Leaving Certificate Examination, 1902
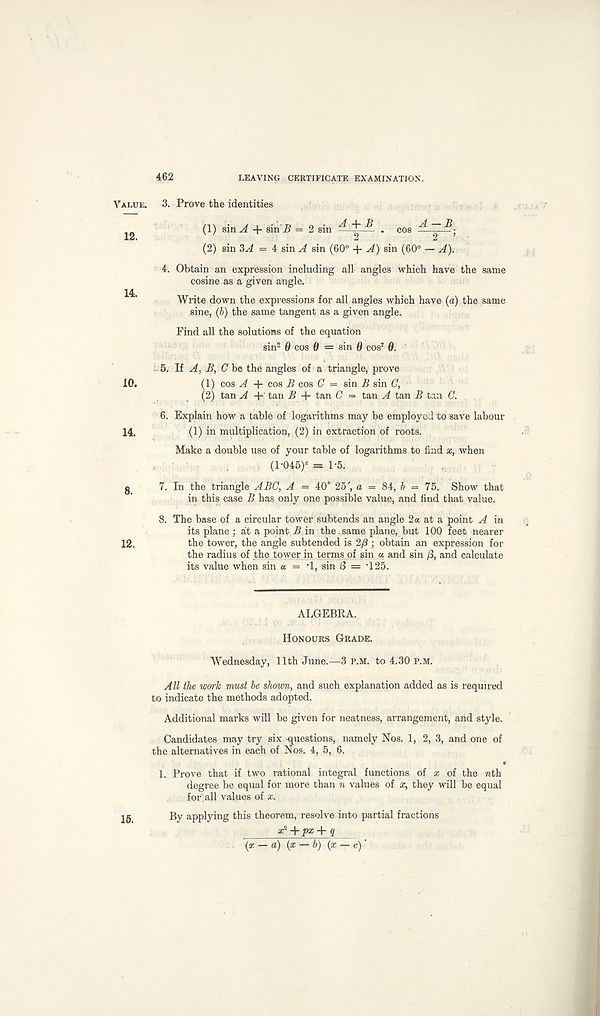
462
LEAVING CERTIFICATE EXAMINATION.
Value.
12.
14.
10.
14.
8.
12.
3. Prove the identities
(1) sin A + sin i? = 2 sin — ^ . cos ^ ~
(2) sin 3A = 4: sin A sin (60° + ^) sin (60° — A).
4. Obtain an expression including all angles which have the same
cosine as a given angle.
Write down the expressions for all angles which have (a) the same
sine, (b) the same tangent as a given angle.
Find all the solutions of the equation
sin 2 0 cos 0 — sin 0 cos* 6.
5. If A. B, C be the angles of a triangle, prove
(1) cos A + cos B cos O' = sin i? sin G,
(2) tan A + tan B + tan C = tan A tan B tan C.
6. Explain how a table of logarithms may be employed to save labour
(1) in multiplication, (2) in extraction of roots.
Make a double use of your table of logarithms to find x, when
(1-045)* = 1-5;
7. In the triangle ABC, A = 40° 25', a = 84, b = 75. Show that
in this case B has only one possible value, and find that value.
8. The base of a circular tower subtends an angle 2a at a point A in
its plane ; at a point B in the same plane, but 100 feet nearer
the tower, the angle subtended is 2/3 ; obtain an expression for
the radius of the tower in terms of sin a and sin (3, and calculate
its value when sin a = -1, sin 8 = -125.
ALGEBRA.
Honours Grade.
Wednesday, 11th June.—3 p.m. to 4.30 p.m.
All the work must be shown, and such explanation added as is required
to indicate the methods adopted.
Additional marks will be given for neatness, arrangement, and style.
Candidates may try six questions, namely Nos. 1, 2, 3, and one of
the alternatives in each of Nos. 4, 5, 6.
1. Prove that if two rational integral functions of x of the wth
degree be equal for more than n values of x, they will be equal
for’, all values of x.
By applying this theorem, resolve into partial fractions
x l +px + q
(x — a) (x — b) (x — c)‘
15.